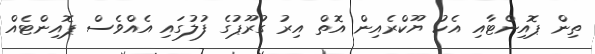
ތިން ޕޮއިންޓާއި އެކު ޔޫކްރެއިން އޮތް އިރު ގުރޫޕުގެ ފުލުގައި އެއްވެސް ޕޮއިންޓެއް